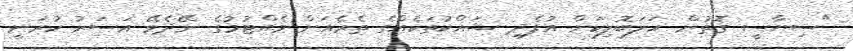
"ސިޔާސީ ގޮތުން ހަލަބޮލިކަން އުފެދި ޝައްކުތަކެއްގެ ތެރެއަށް ވެއްޓުމުގެ ނޭދެވޭ އަސަރު ކުރަނީ